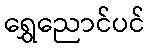
ရွှေညောင်ပင်